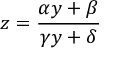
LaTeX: z = { \frac { \alpha y + \beta } { \gamma y + \delta } }